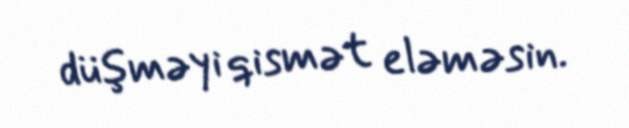
düşməyi qismət eləməsin.